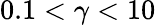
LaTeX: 0.1<\gamma<10